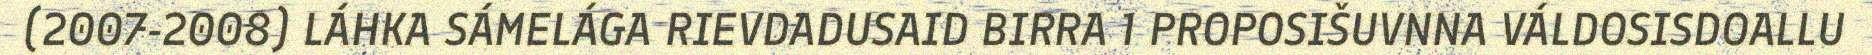
(2007-2008) LÁHKA SÁMELÁGA RIEVDADUSAID BIRRA 1 PROPOSIŠUVNNA VÁLDOSISDOALLU